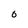
Character: O